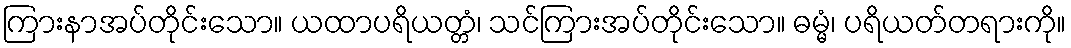
ကြားနာအပ်တိုင်းသော။ ယထာပရိယတ္တံ၊ သင်ကြားအပ်တိုင်းသော။ ဓမ္မံ၊ ပရိယတ်တရားကို။